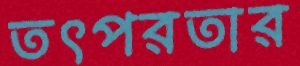
তৎপরতার